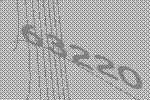
63220